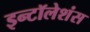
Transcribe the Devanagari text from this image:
इन्टॉलेशंस